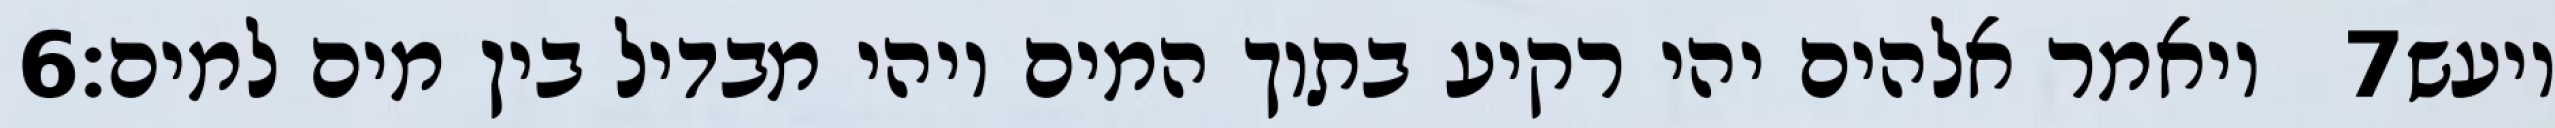
‎6‏ ויאמר אלהים יהי רקיע בתוך המים ויהי מבדיל בין מים למים׃ ‎7‏ ויעש